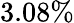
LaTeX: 3.08\%